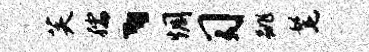
芙孺、惆习跳髦